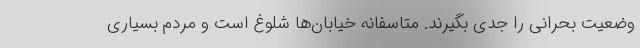
وضعیت بحرانی را جدی بگیرند. متاسفانه خیابان‌ها شلوغ است و مردم بسیاری